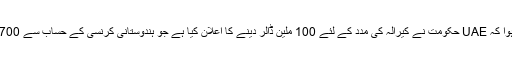
سوشل میڈیا میں یہ عام ہوا کہ UAE حکومت نے کیرالہ کی مدد کے لئے 100 ملین ڈالر دینے کا اعلان کیا ہے جو ہندوستانی کرنسی کے حساب سے 700 کروڑ روپے ہوتے ہیں۔